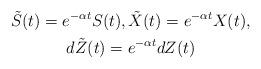
LaTeX: \begin{gather*} \tilde{S}(t)= e^{-\alpha t} S(t) ,\tilde{X}(t)=e^{-\alpha t}X(t) ,\\ d\tilde{Z}(t)=e^{-\alpha t}dZ(t) \end{gather*}